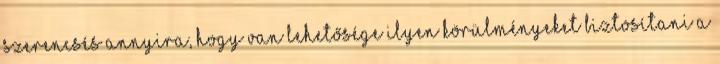
szerencsés annyira, hogy van lehetősége ilyen körülményeket biztosítani a